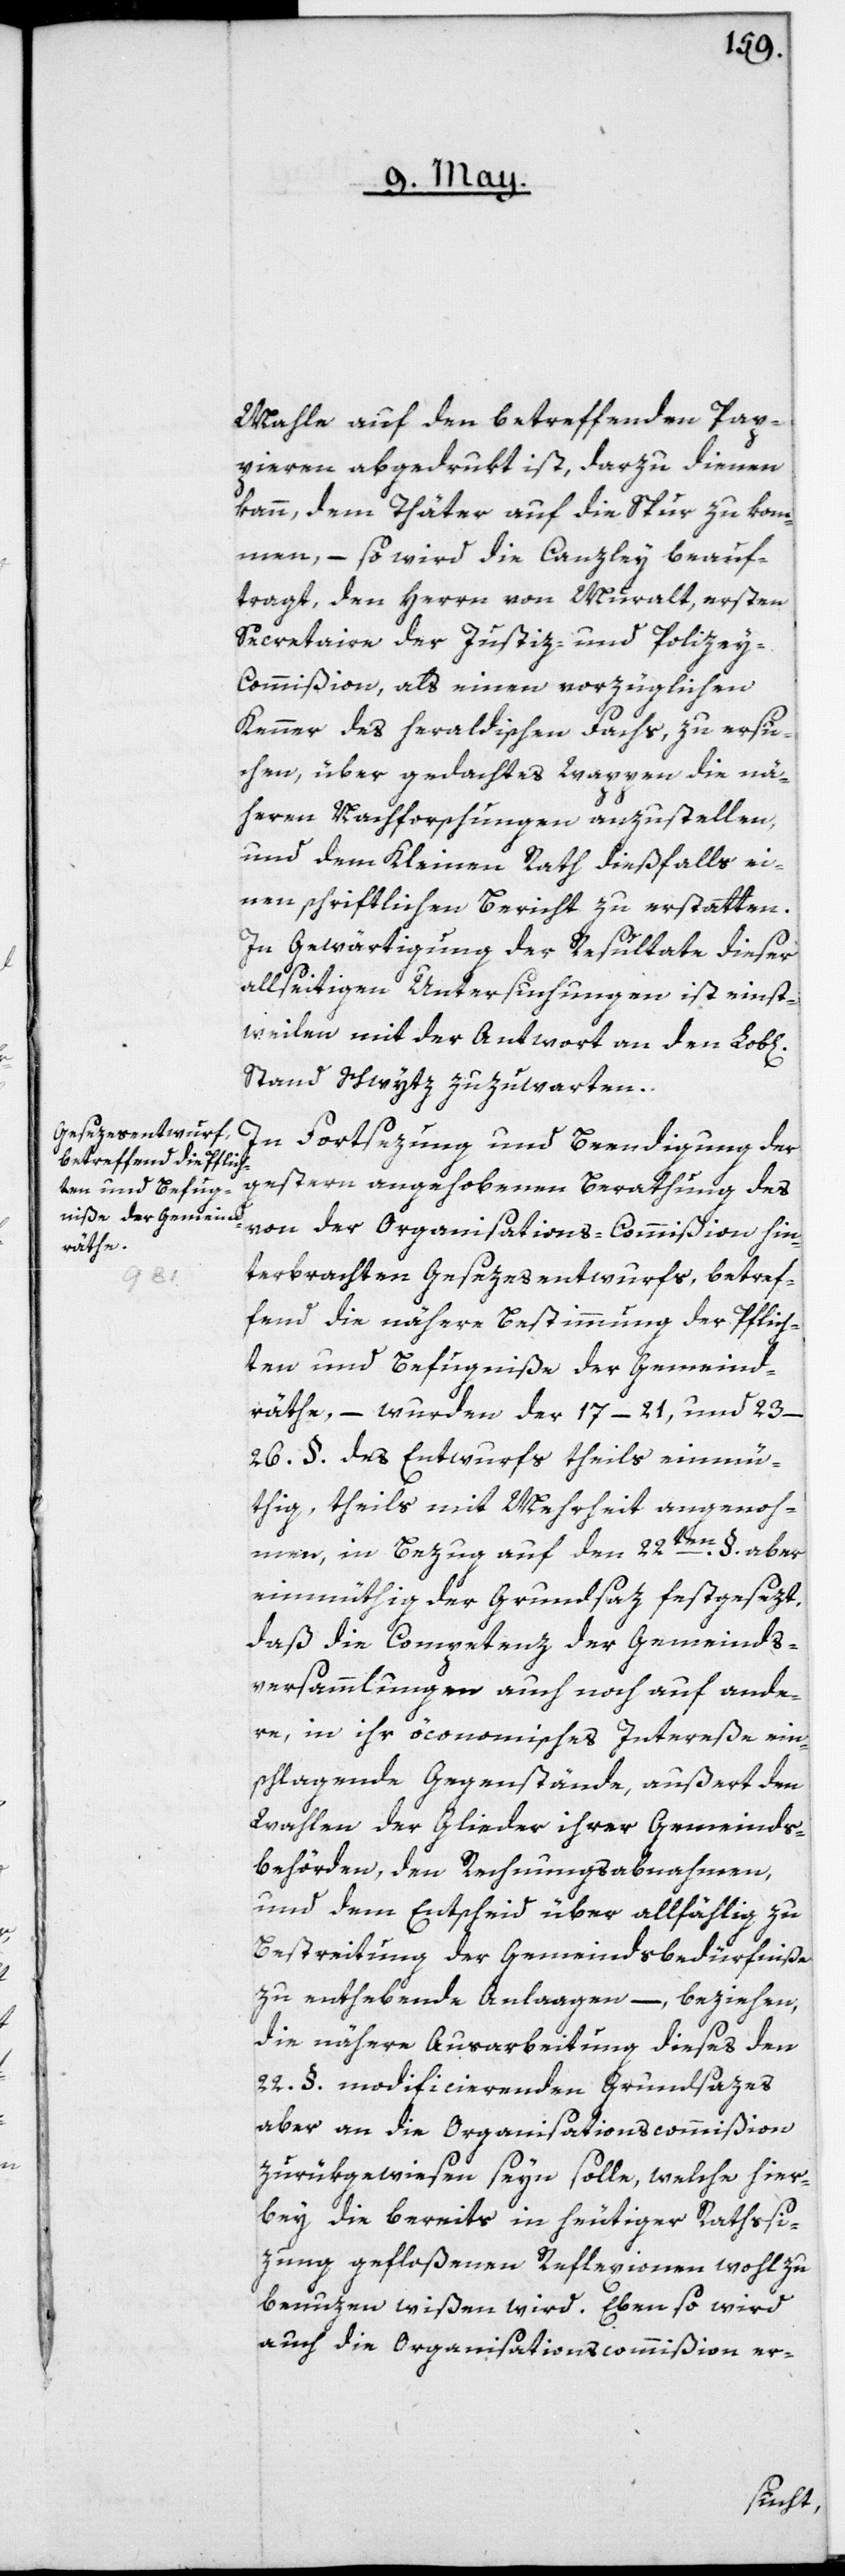
chen]

Mahle auf den betreffenden Pap¬
pieren abgedrukt ist, darzu dienen
kann, dem Thäter auf die Spur zu kom¬
men, – so wird die Canzley beauf¬
tragt, den Herrn von Muralt, ersten
Secretaire der Justiz- und Polizey-C¬
ommißion, als einen vorzüglichen
Kenner des heraldischen Fachs, zu ersu¬
chen, über gedachtes Wappen die nä¬
hern Nachforschungen anzustellen,
und dem Kleinen Rath dießfalls ei¬
nen schriftlichen Bericht zu erstatten.
In Gewärtigung der Resultate dieser
allseitigen Untersuchungen ist einst¬
weilen mit der Antwort an den Lob[li¬
Stand Schwytz zuzuwarten.
In Fortsezung und Beendigung der
gestern angehobenen Berathung des
von der Organisations-Commißion hin¬
terbrachten Gesezesentwurfs, betref¬
fend die nähere Bestimmung der Pflich¬
ten und Befugniße der Gemeind¬
räthe, – wurden der 17–21, und
23–26.§. des Entwurfs theils einmü¬
thig, theils mit Mehrheit angenom¬
men, in Bezug auf den 22ten §. aber
einmüthig der Grundsaz festgesezt,
daß die Competenz der Gemeinds¬
versammlungen auch noch auf ande¬
re, in ihr öconomisches Intereße ein¬
schlagende Gegenstände, außert den
Wahlen der Glieder ihrer Gemeinds¬
behörden, den Rechnungsabnahmen,
und dem Entscheid über allfählig zu
Bestreitung der Gemeindsbedürfniße
zu enthebende Anlagen, – beziehen,
die nähere Ausarbeitung dieses den
22. §. modificierenden Grundsazes,
aber an die Organisationscommißion
zurükgewiesen seyn solle, welche hier¬
bey die bereits in heutiger Rathssi¬
zung gefloßenen Reflexionen wohl zu
benuzen wißen wird. Eben so wird
auch die Organisationscommißion er-